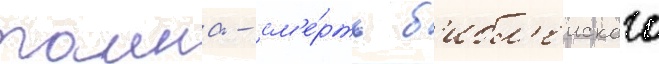
таина - см'е́рть б'ибл'еиского